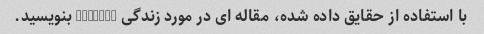
با استفاده از حقایق داده شده، مقاله ای در مورد زندگی PersonX بنویسید.